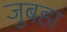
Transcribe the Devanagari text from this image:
जुबहा